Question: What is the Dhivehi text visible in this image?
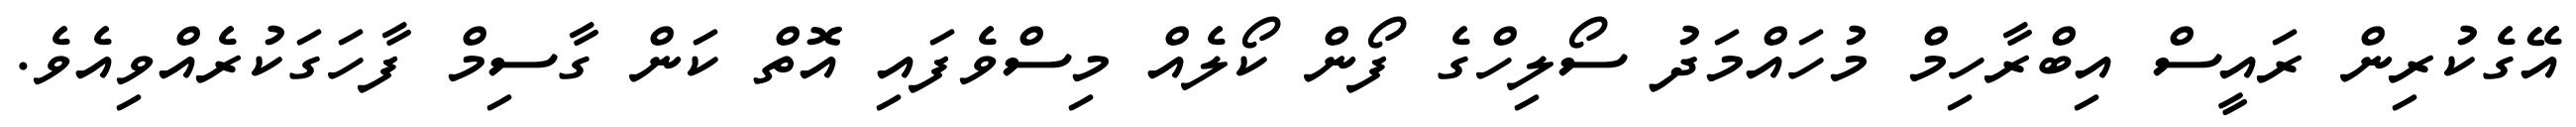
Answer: އޭގެކުރިން ރައީސް އިބްރާހިމް މުހައްމަދު ސޯލިހްގެ ފޯން ކޯލެއް މިސްވެފައި އޮތް ކަން ގާސިމް ފާހަގަކުރެއްވިއެވެ.